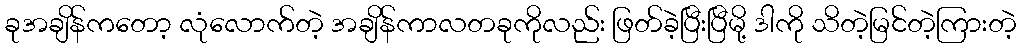
ခုအချိန်ကတော့ လုံလောက်တဲ့ အချိန်ကာလတခုကိုလည်း ဖြတ်ခဲ့ပြီးပြီမို့ ဒါကို သိတဲ့မြင်တဲ့ကြားတဲ့